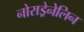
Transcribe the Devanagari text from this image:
नोराड्रेनेलिन